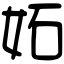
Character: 妬